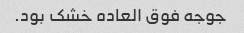
جوجه فوق العاده خشک بود.